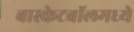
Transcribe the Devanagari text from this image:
बास्केटबॉलमध्ये